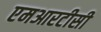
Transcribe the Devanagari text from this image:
एमआरटीसी